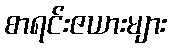
စာရင်းဇယားများ